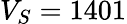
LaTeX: V_{S}=1401